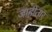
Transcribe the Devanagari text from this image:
जाहीतार